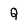
Character: Q